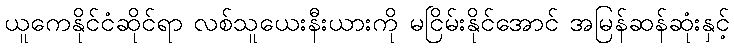
ယူကေနိုင်ငံဆိုင်ရာ လစ်သူယေးနီးယားကို မငြိမ်းနိုင်အောင် အမြန်ဆန်ဆုံးနှင့်